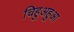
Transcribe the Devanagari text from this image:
चिहुअहुआ